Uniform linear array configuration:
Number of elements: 24
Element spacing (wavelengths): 0.75
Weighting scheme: hann
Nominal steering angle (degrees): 15
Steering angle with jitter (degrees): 15.795
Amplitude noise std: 0.05
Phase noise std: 0.05

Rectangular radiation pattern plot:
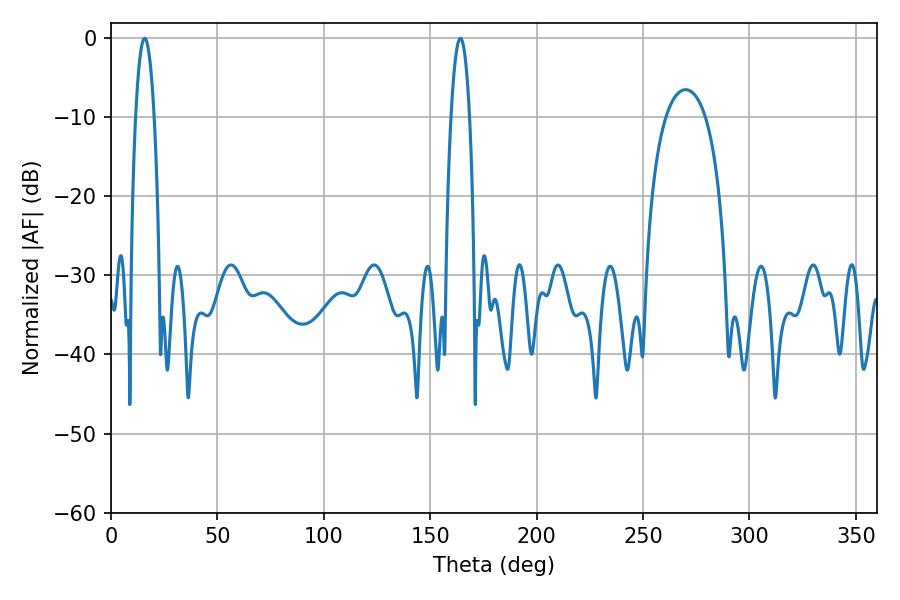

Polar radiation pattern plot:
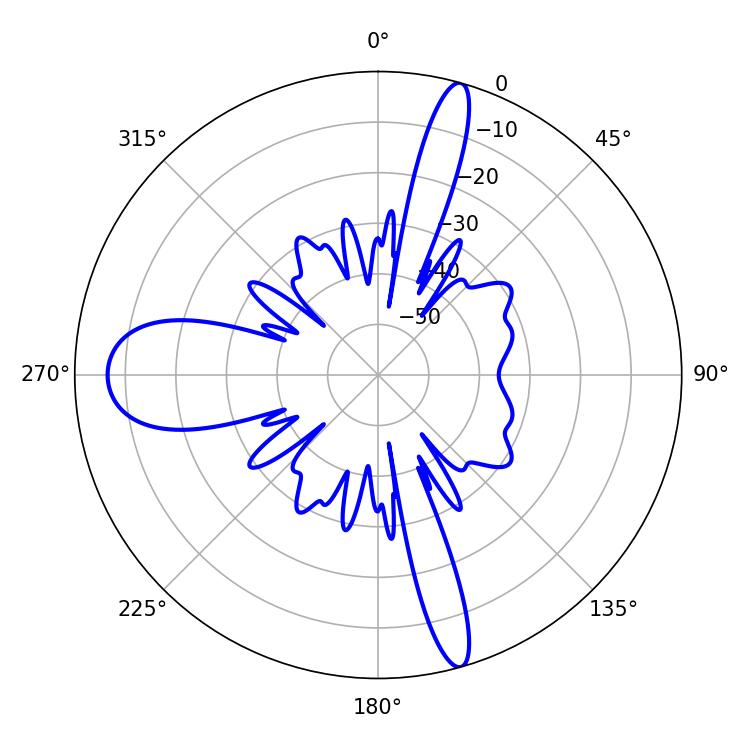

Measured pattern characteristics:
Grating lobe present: TRUE
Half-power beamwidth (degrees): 4.68
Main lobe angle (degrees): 164.16